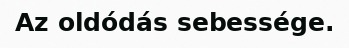
Az oldódás sebessége.